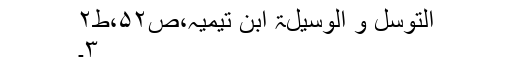
التوسل و الوسیلۃ ابن تیمیہ،ص۵۲،ط۲
۳۔